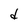
Character: d